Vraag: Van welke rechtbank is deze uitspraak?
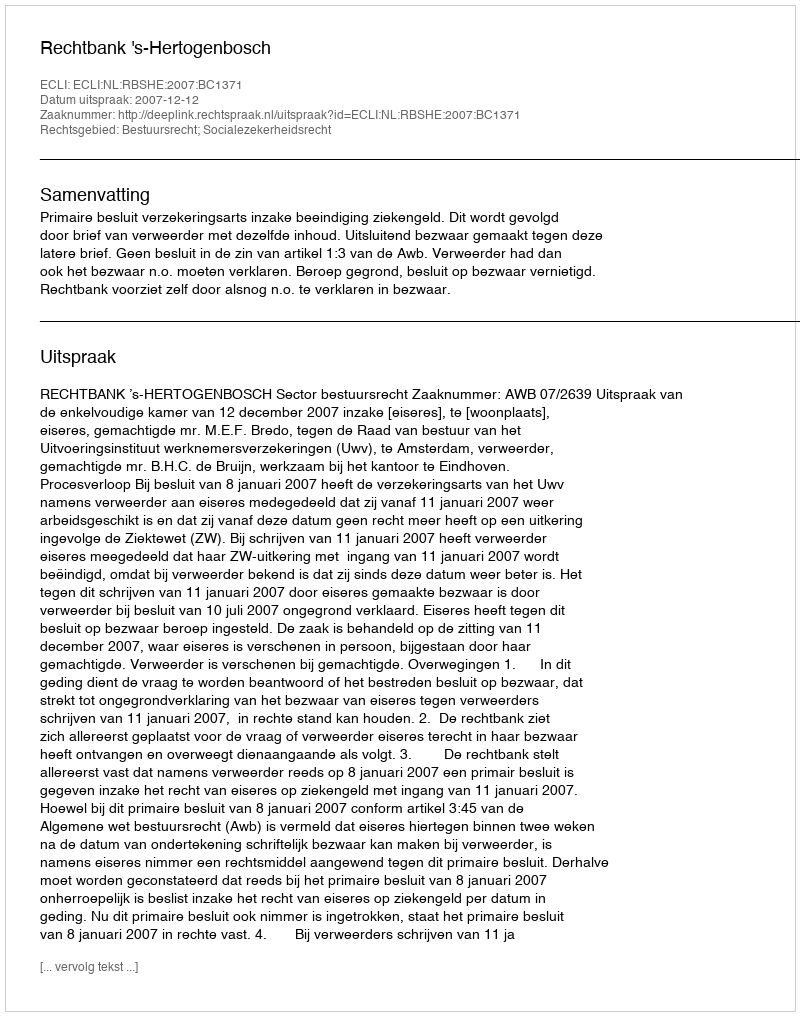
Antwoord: Rechtbank 's-Hertogenbosch